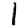
Digit: 1